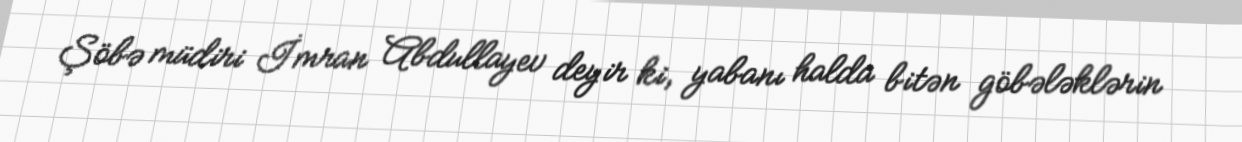
Şöbə müdiri İmran Abdullayev deyir ki, yabanı halda bitən göbələklərin